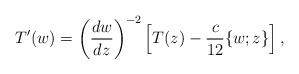
\begin{align*}T'(w)=\left(\frac{dw}{dz}\right)^{-2}\left[T(z)-\frac{c}{12}\{w;z\}\right],\end{align*}